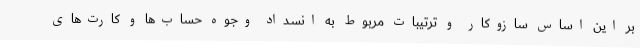
بر این اساس سازوکار و ترتیبات مربوط به انسداد وجوه حساب‌ها و کارت‌های